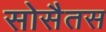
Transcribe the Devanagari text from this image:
सोसैतस